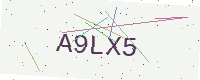
Text: A9LX5